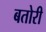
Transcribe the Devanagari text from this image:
बतोरी